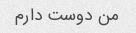
من دوست دارم